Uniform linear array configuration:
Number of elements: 64
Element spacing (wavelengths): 0.25
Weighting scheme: exponential
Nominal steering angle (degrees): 60
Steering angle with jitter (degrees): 58.732
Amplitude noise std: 0.05
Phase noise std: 0.05

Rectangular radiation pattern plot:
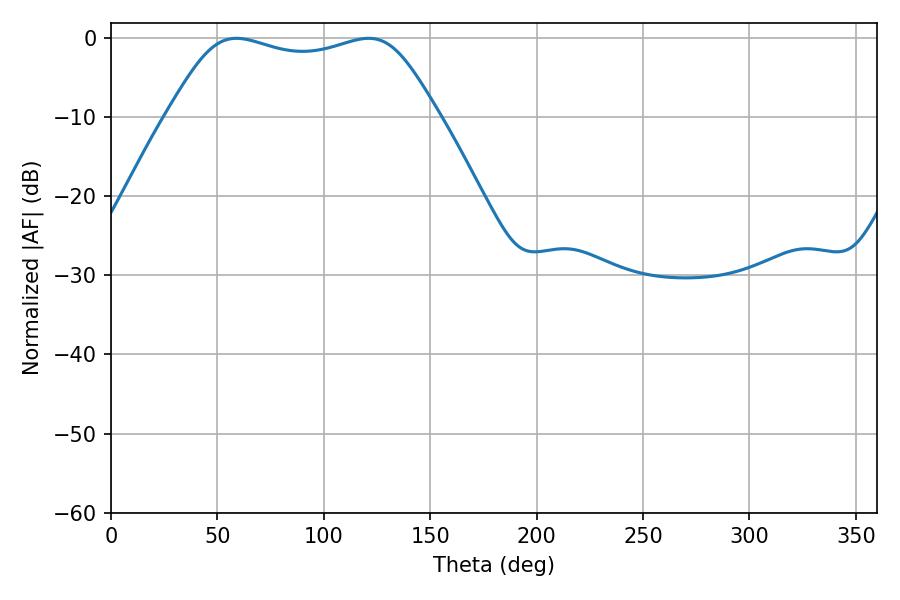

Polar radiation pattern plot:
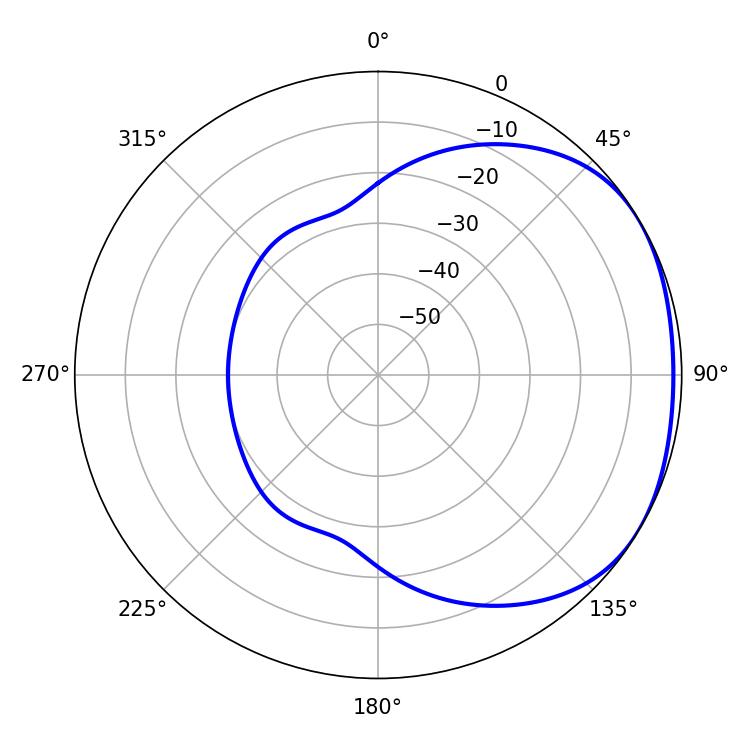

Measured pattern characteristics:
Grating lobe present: FALSE
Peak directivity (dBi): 1.779
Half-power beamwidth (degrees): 97.56
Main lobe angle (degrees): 58.86